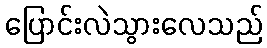
ပြောင်းလဲသွားလေသည်